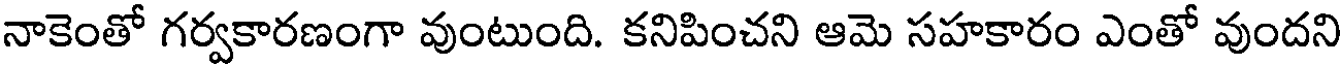
నాకెంతో గర్వకారణంగా వుంటుంది. కనిపించని ఆమె సహకారం ఎంతో వుందని